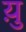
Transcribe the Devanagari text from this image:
य़ु